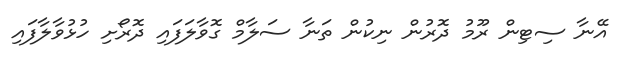
އޭނާ ސިޓިން ރޫމު ދޮރުން ނިކުން ތަނާ ސަލާމް ގޮވާލަފައި ދޮރޯށި ހުޅުވާލާފައި